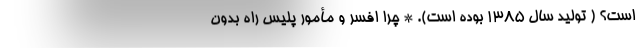
است؟ ( تولید سال ۱۳۸۵ بوده است). * چرا افسر و مأمور پلیس راه بدون